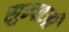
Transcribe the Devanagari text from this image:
सुम्पाजी